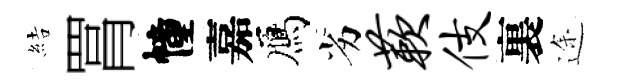
結罥幢嘉鴈劣蔌伎裏途